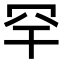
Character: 罕